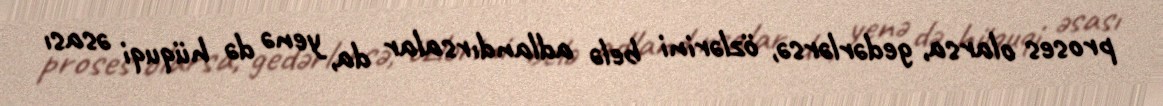
proses olarsa, gedərlərsə, özlərini belə adlandırsalar da, yenə də hüquqi əsası